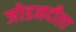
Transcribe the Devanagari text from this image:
जोडनदीला